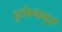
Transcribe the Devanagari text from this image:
दुर्लक्ष्यामुळे